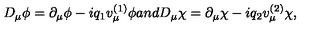
D _ { \mu } \phi = \partial _ { \mu } \phi - i q _ { 1 } v _ { \mu } ^ { ( 1 ) } \phi a n d D _ { \mu } \chi = \partial _ { \mu } \chi - i q _ { 2 } v _ { \mu } ^ { ( 2 ) } \chi ,